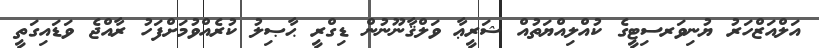
އަލްއަޒްހަރު ޔުނިވަރސިޓީގެ ކުއްލިއްޔަތުއް ޝަރީޢާ ވަލްޤާނޫނުން ޑިގްރީ ޙާޞިލު ކުރެއްވުމަށްފަހު ރާއްޖެ ވަޑައިގަތީ